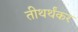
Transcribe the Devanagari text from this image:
तीथर्थंकर